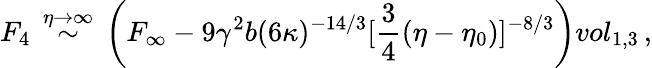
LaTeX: F_{4}\, \stackrel{\eta\rightarrow\infty}{\sim}\, \left(F_{\infty}-9\gamma^{2}b(6\kappa)^{-14/3}[\frac{3}{4}(\eta-\eta_{0})]^{-8/3}\right)vol_{1,3}\, ,